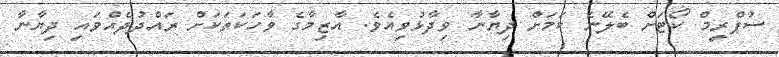
ސުޕްރީމް ކޯޓަށް ބެލޭނެ ކަމަށް ދިޔާނާ ވިދާޅުވިއެވެ. އާޒިމާގެ ވާހަކަތަކަށް ރައްދުދެއްވައި ދިޔާނާ